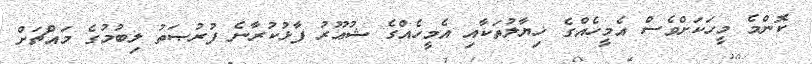
ކޮންމެ މީހަކަށްވެސް އެމީހެއްގެ ޚިޔާލުތަކާއި އެމީހެއްގެ ޝުޢޫރު ފާޅުކުރާނެ ފުރުޞަތު ލިބުމުގެ މައްޗަށް